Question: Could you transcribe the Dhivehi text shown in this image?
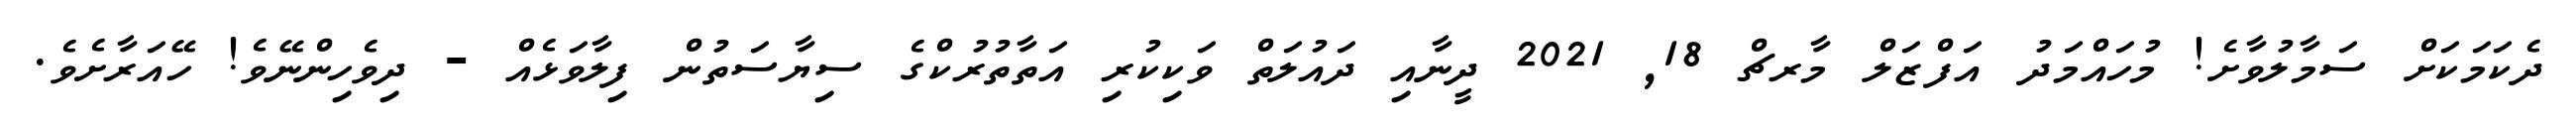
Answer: ދެކަމަކަށް ސަމާލުވާށެ! މުހައްމަދު އަފްޒަލް މާރޗް 18, 2021 ދީނާއި ދައުލަތް ވަކިކުރި އަތާތުރުކްގެ ސިޔާސަތުން ފިލާވަޅެއް - ދިވެހިންނޭވެ! ހޭއަރާށެވެ.